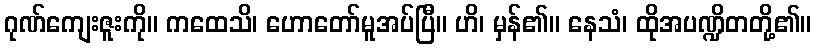
ဂုဏ်ကျေးဇူးကို။ ကထေသိ၊ ဟောတော်မူအပ်ပြီ။ ဟိ၊ မှန်၏။ နေသံ၊ ထိုအပဏ္ဍိတတို့၏။